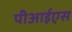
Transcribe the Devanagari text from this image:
पीआईएस